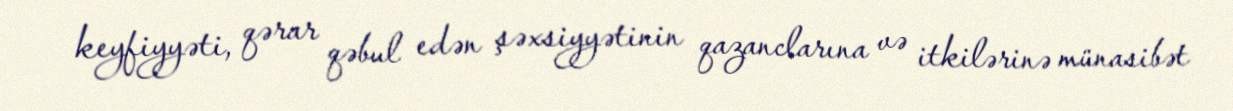
keyfiyyəti, qərar qəbul edən şəxsiyyətinin qazanclarına və itkilərinə münasibət